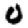
Digit: 0